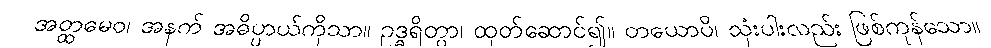
အတ္ထမေဝ၊ အနက် အဓိပ္ပာယ်ကိုသာ။ ဥဒ္ဓရိတွာ၊ ထုတ်ဆောင်၍။ တယောပိ၊ သုံးပါးလည်း ဖြစ်ကုန်သော။